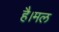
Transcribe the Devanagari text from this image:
है।मल